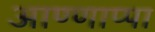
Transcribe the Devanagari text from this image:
आण्णाप्पा